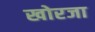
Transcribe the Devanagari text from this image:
खोरजा